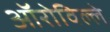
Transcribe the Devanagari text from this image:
ऑरोविल्ले